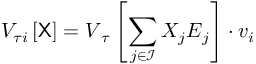
V _ { \tau i } \left[ { \sf X } \right] = \boldsymbol { V } _ { \u { \tau } } \left[ \sum _ { j \in \mathcal { I } } X _ { j } \boldsymbol { E } _ { j } \right] \cdot \boldsymbol { v } _ { i }